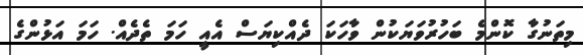
މިތަނުގާ ކޮންމެ ބަހުރުވަޔަކުން ވާހަކަ ދެއްކިޔަސް އެއީ ހަމަ ތެދެއް. ހަމަ އަޅުންގެ